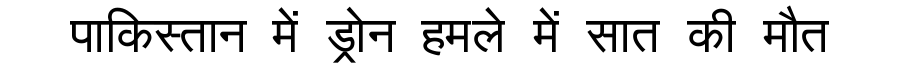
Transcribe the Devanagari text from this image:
पाकिस्तान में ड्रोन हमले में सात की मौत